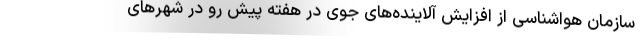
سازمان هواشناسی از افزایش آلاینده‌های جوی در هفته پیش رو در شهرهای